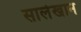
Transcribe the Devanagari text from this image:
सालेखान